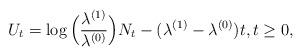
LaTeX: \begin{align*}U_t = \log\Big(\frac{\lambda^{(1)}}{\lambda^{(0)}}\Big)N_t - (\lambda^{(1)}-\lambda^{(0)})t,t\geq 0,\end{align*}